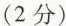
(2分)